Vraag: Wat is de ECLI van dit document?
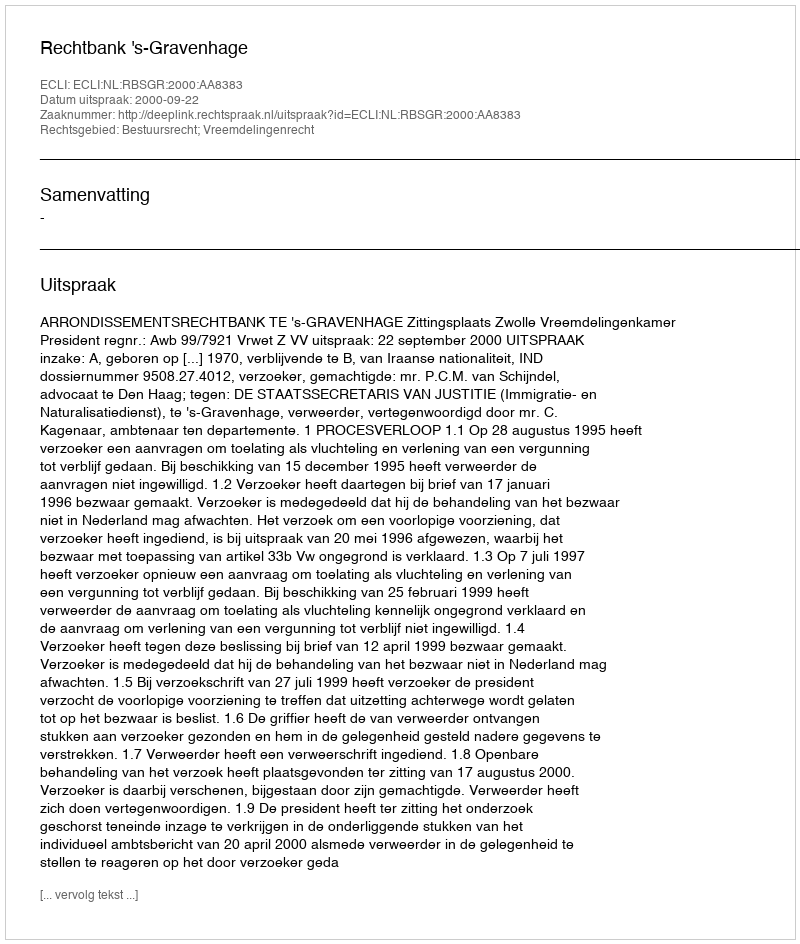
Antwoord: ECLI:NL:RBSGR:2000:AA8383